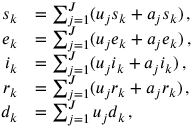
\begin{array} { r l } { s _ { k } } & { = \sum _ { j = 1 } ^ { J } ( u _ { j } s _ { k } + a _ { j } s _ { k } ) \, , } \\ { e _ { k } } & { = \sum _ { j = 1 } ^ { J } ( u _ { j } e _ { k } + a _ { j } e _ { k } ) \, , } \\ { i _ { k } } & { = \sum _ { j = 1 } ^ { J } ( u _ { j } i _ { k } + a _ { j } i _ { k } ) \, , } \\ { r _ { k } } & { = \sum _ { j = 1 } ^ { J } ( u _ { j } r _ { k } + a _ { j } r _ { k } ) \, , } \\ { d _ { k } } & { = \sum _ { j = 1 } ^ { J } u _ { j } d _ { k } \, , } \end{array}